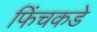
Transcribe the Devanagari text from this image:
फिंचकडे